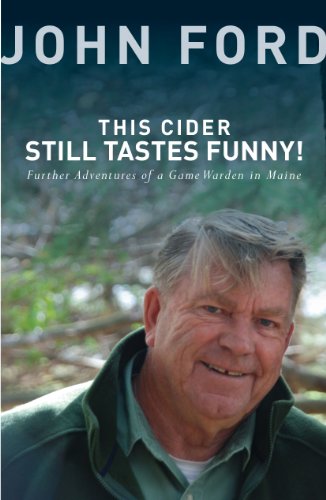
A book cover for This Cider Still Tastes Funny!: Further Adventures of a Game Warden in Maine; John Ford; Law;